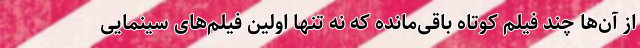
از آن‌ها چند فیلم کوتاه باقی‌مانده که نه تنها اولین فیلم‌های سینمایی